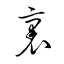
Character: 裹